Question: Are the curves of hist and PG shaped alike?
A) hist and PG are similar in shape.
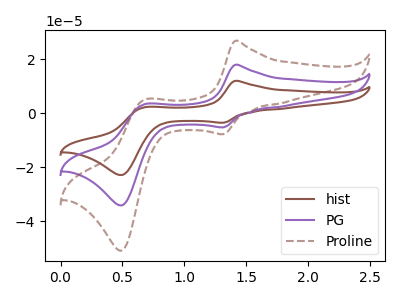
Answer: <think>The brown curve "hist" has anodic peaks at (1.40V, 12.10uA) (0.70V, 2.35uA) and cathodic peaks at (1.30V, -3.45uA) (0.50V, -22.85uA). The purple curve "PG" has anodic peaks at (1.40V, 18.05uA) (0.70V, 3.50uA) and cathodic peaks at (1.30V, -5.15uA) (0.50V, -34.10uA). The brown dashed curve "Proline" has anodic peaks at (1.40V, 36.05uA) (0.70V, 6.95uA) and cathodic peaks at (1.30V, -10.35uA) (0.50V, -68.15uA).
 All the peaks in "hist" have a peak in "PG" at the same potential. Every peak in "hist" is lower than every peak in "PG".</think>
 <answer>A) "hist" and "PG" are similar in shape.</answer>
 <eval>A</eval>